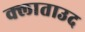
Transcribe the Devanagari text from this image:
क्लाताउद